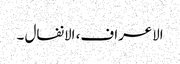
الاعراف، الانفال ۔